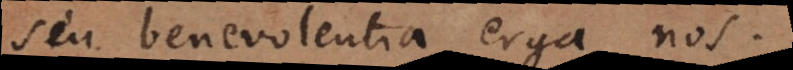
seu benevolentia erga nos.